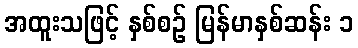
အထူးသဖြင့် နှစ်စဉ် မြန်မာနှစ်ဆန်း ၁